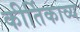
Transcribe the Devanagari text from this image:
कीर्तिकाव्य